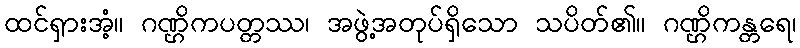
ထင်ရှားအံ့။ ဂဏ္ဌိကပတ္တဿ၊ အဖွဲ့အတုပ်ရှိသော သပိတ်၏။ ဂဏ္ဌိကန္တရေ၊